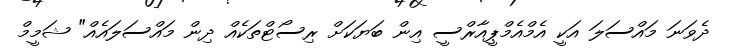
ދެވަނަ މައްސަލަ އަކީ އެމްއެމްޕީއާރްސީ އިން ބަޔަކަށް ރިސޯޓްތަކެއް ދިން މައްސަލައެއް" ޝަމީމް